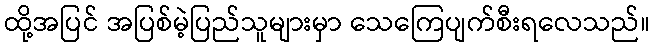
ထို့အပြင် အပြစ်မဲ့ပြည်သူများမှာ သေကြေပျက်စီးရလေသည်။